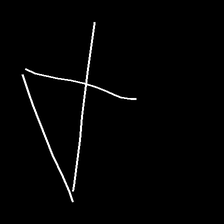
Glyph: collection